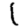
Digit: 1